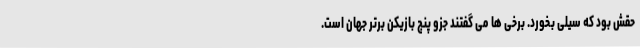
حقش بود که سیلی بخورد. برخی ها می گفتند جزو پنج بازیکن برتر جهان است.